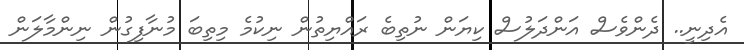
އެދިނީ.. ދެންވެސް އަންދަލުސް ކިޔަން ނުތިބެ ރައްޔިތުން ނިކުމެ މިތިބަ މުނާފިގުން ނިންމާލަން